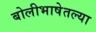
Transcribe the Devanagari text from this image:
बोलीभाषेतल्या